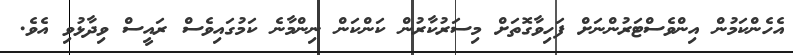
އެހެންކަމުން އިންވެސްޓަރުންނަށް ފަހިވާގޮތަށް މިސަރުކާރުން ކަންކަން ނިންމާނެ ކަމުގައިވެސް ރައީސް ވިދާޅުވި އެވެ.